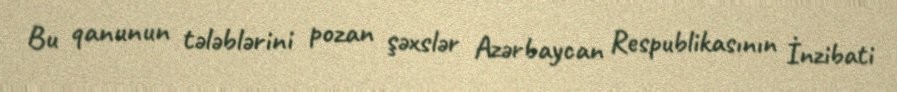
Bu qanunun tələblərini pozan şəxslər Azərbaycan Respublikasının İnzibati